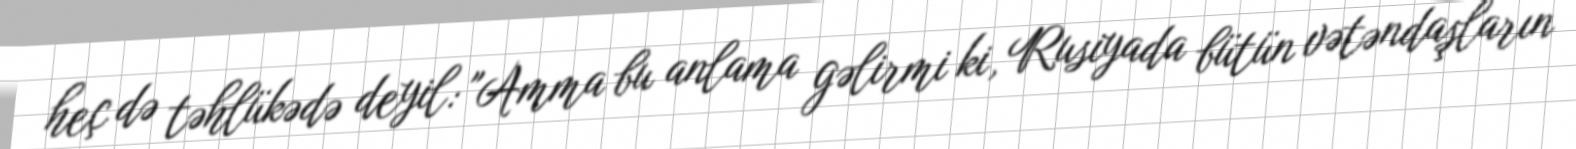
heç də təhlükədə deyil: "Amma bu anlama gəlirmi ki, Rusiyada bütün vətəndaşların